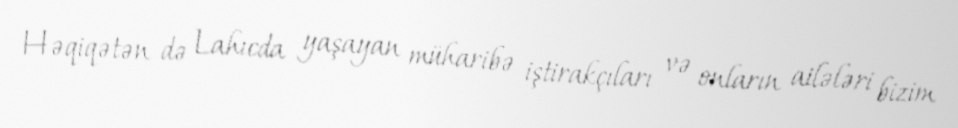
Həqiqətən də Lahıcda yaşayan müharibə iştirakçıları və onların ailələri bizim